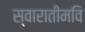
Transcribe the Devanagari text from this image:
स्वारातीमवि